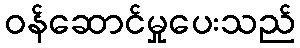
ဝန်ဆောင်မှုပေးသည်